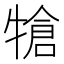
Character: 𤚬